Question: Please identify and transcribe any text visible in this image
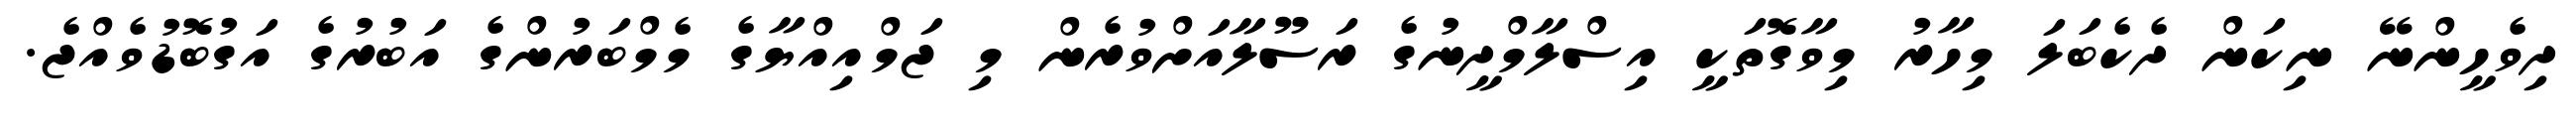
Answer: ދިވެހީންނޭ ނިކަން ދެކެބަލަ މިހާރު މިވާގޮތަކީ އިސްލާމްދީނުގެ ރަސޫލާއަށްވުރެން މި ޖަމްއިއްޔާގެ މެމްބަރުންގެ އަބުރުގެ އަގުބޮޑުވެއްޖެ.